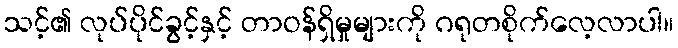
သင့်၏ လုပ်ပိုင်ခွင့်နှင့် တာဝန်ရှိမှုများကို ဂရုတစိုက်လေ့လာပါ။